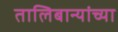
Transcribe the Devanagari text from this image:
तालिबान्यांच्या